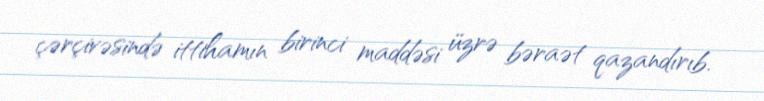
çərçivəsində ittihamın birinci maddəsi üzrə bəraət qazandırıb.